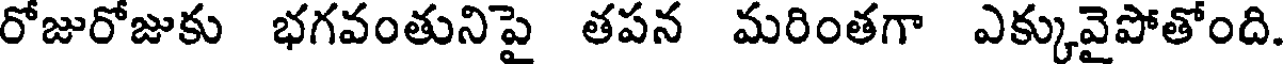
రోజురోజుకు భగవంతునిపై తపన మరింతగా ఎక్కువైపోతోంది.